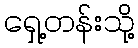
ရှေ့တန်းသို့